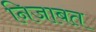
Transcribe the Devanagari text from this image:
निजाबत